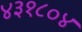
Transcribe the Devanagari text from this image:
४३१८०४